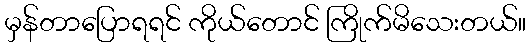
မှန်တာပြောရရင် ကိုယ်တောင် ကြိုက်မိသေးတယ်။